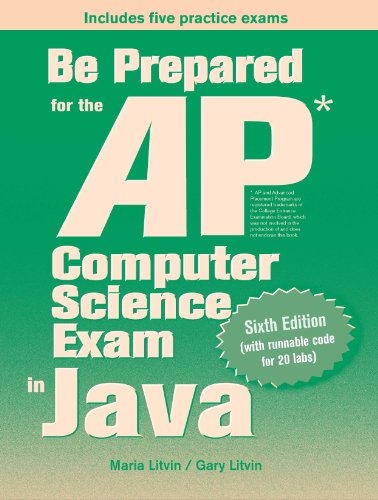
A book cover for Be Prepared for the AP Computer Science Exam in Java; Maria Litvin; Computers & Technology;